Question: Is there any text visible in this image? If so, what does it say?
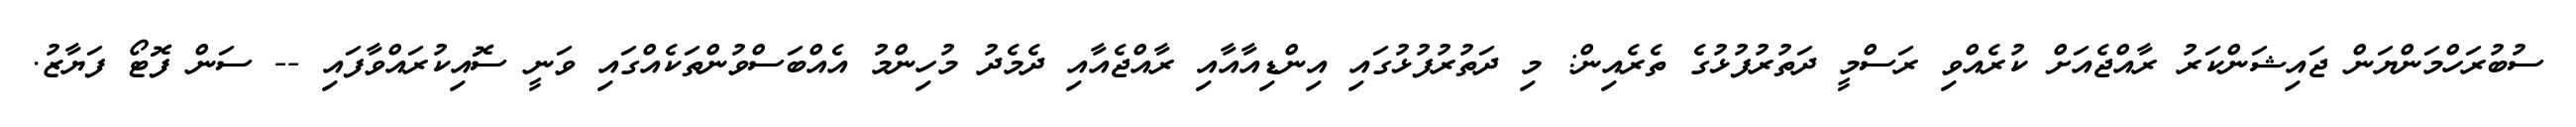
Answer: ސުބުރަހްމަންޔަން ޖައިޝަންކަރު ރާއްޖެއަށް ކުރެއްވި ރަސްމީ ދަތުރުފުޅުގެ ތެރެއިން: މި ދަތުރުފުޅުގައި އިންޑިއާއާއި ރާއްޖެއާއި ދެމެދު މުހިންމު އެއްބަސްވުންތަކެއްގައި ވަނީ ސޮއިކުރައްވާފައި -- ސަން ފޮޓޯ ފަޔާޒު.